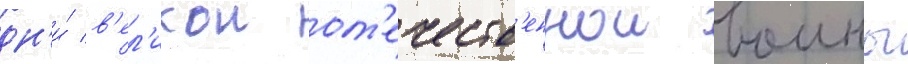
дн'и́ в'ел'икои от'ечеств'еннои воины